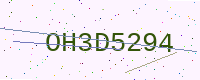
Text: OH3D5294